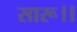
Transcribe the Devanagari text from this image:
सारू।।